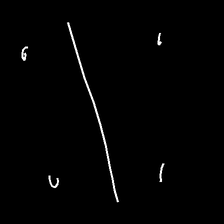
Glyph: cool